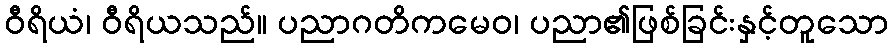
ဝီရိယံ၊ ဝီရိယသည်။ ပညာဂတိကမေဝ၊ ပညာ၏ဖြစ်ခြင်းနှင့်တူသော